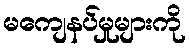
မကျေနပ်မှုများကို